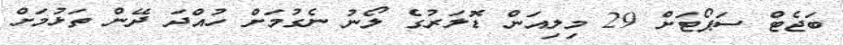
ބަޖެޓް ސަޕޯޓަށް 29 މިލިއަން ޑޮލަރުގެ ލޯނު ނެގުމަށް ހުއްދަ ދޭން ތަޅުމަށް